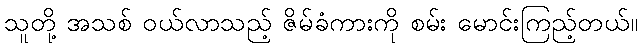
သူတို့ အသစ် ဝယ်လာသည့် ဇိမ်ခံကားကို စမ်း မောင်းကြည့်တယ်။